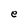
Character: e